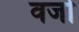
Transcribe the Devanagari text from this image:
वर्जा